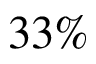
3 3 \%